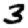
Digit: 3